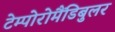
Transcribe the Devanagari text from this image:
टेम्पोरोमैंडिबुलर